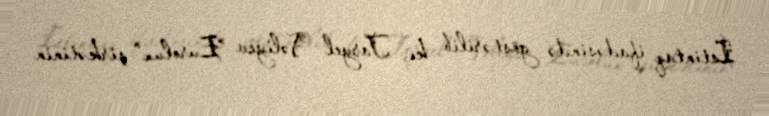
İstintaq ifadəsində göstərilib ki, Taryel Vəliyev "Eurolux" şirkətinin